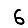
Digit: 6